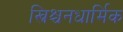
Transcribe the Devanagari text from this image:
ख्रिश्चनधार्मिक